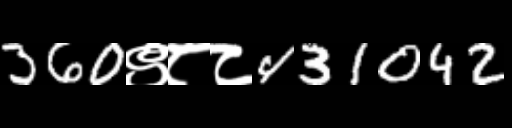
Text: 360९८८431042